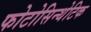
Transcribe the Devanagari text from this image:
फोटोसिन्थेटिक